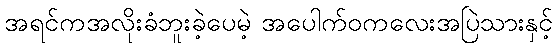
အရင်ကအလိုးခံဘူးခဲ့ပေမဲ့ အပေါက်ဝကလေးအပြဲသားနှင့်